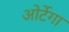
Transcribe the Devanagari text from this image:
ओर्टेगा